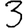
Digit: 3